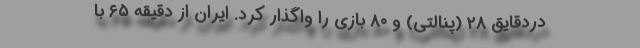
دردقایق ۲۸ (پنالتی) و ۸۰ بازی را واگذار کرد. ایران از دقیقه ۶۵ با